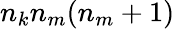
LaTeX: n_{k}n_{m}(n_{m}+1)